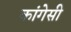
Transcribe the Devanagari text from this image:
कांगेसी